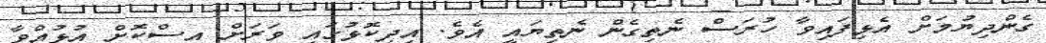
ގެންދިޔުމަށް އެޅިފައިވާ ހުރަސް ނެތިގެން ނެތިޔައީ އެވެ. އިދިކޮޅުގައި ވަރަށް އިސްކޮށް އުޅުއްވާ